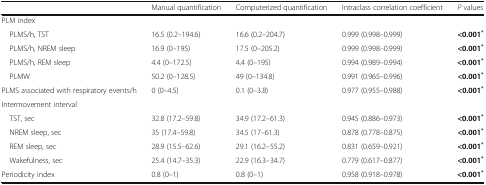
<table><thead><tr><td></td><td><b>Manual quantification</b></td><td><b>Computerized quantification</b></td><td><b>Intraclass correlation coefficient</b></td><td><b><i>P</i> values</b></td></tr></thead><tbody><tr><td colspan="5">PLM index</td></tr><tr><td> PLMS/h, TST</td><td>16.5 (0.2–194.6)</td><td>16.6 (0.2–204.7)</td><td>0.999 (0.998–0.999)</td><td><b>&lt;0.001</b><sup><b>*</b></sup></td></tr><tr><td> PLMS/h, NREM sleep</td><td>16.9 (0–195)</td><td>17.5 (0–205.2)</td><td>0.999 (0.998–0.999)</td><td><b>&lt;0.001</b><sup><b>*</b></sup></td></tr><tr><td> PLMS/h, REM sleep</td><td>4.4 (0–172.5)</td><td>4.4 (0–195)</td><td>0.994 (0.989–0.994)</td><td><b>&lt;0.001</b><sup><b>*</b></sup></td></tr><tr><td> PLMW</td><td>50.2 (0–128.5)</td><td>49 (0–134.8)</td><td>0.991 (0.965–0.996)</td><td><b>&lt;0.001</b><sup><b>*</b></sup></td></tr><tr><td>PLMS associated with respiratory events/h</td><td>0 (0–4.5)</td><td>0.1 (0–3.8)</td><td>0.977 (0.955–0.988)</td><td><b>&lt;0.001</b><sup><b>*</b></sup></td></tr><tr><td colspan="5">Intermovement interval</td></tr><tr><td> TST, sec</td><td>32.8 (17.2–59.8)</td><td>34.9 (17.2–61.3)</td><td>0.945 (0.886–0.973)</td><td><b>&lt;0.001</b><sup><b>*</b></sup></td></tr><tr><td> NREM sleep, sec</td><td>35 (17.4–59.8)</td><td>34.5 (17–61.3)</td><td>0.878 (0.778–0.875)</td><td><b>&lt;0.001</b><sup><b>*</b></sup></td></tr><tr><td> REM sleep, sec</td><td>28.9 (15.5–62.6)</td><td>29.1 (16.2–55.2)</td><td>0.831 (0.659–0.921)</td><td><b>&lt;0.001</b><sup><b>*</b></sup></td></tr><tr><td> Wakefulness, sec</td><td>25.4 (14.7–35.3)</td><td>22.9 (16.3–34.7)</td><td>0.779 (0.617–0.877)</td><td><b>&lt;0.001</b><sup><b>*</b></sup></td></tr><tr><td>Periodicity index</td><td>0.8 (0–1)</td><td>0.8 (0–1)</td><td>0.958 (0.918–0.978)</td><td><b>&lt;0.001</b><sup><b>*</b></sup></td></tr></tbody></table>